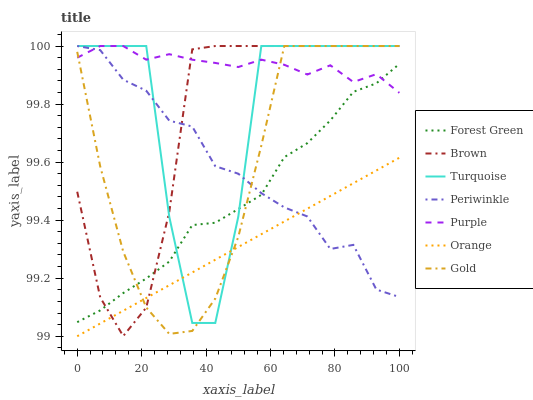
| xaxis_label | Forest Green | Brown | Turquoise | Periwinkle | Purple | Orange | Gold |
 | --- | --- | --- | --- | --- | --- | --- | --- |
 | 0 | 99 | 99.5 | 100 | 100 | 100 | 99 | 100 |
 | 7.14 | 99.1 | 99.1 | 100 | 100 | 100 | 99 | 99.6 |
 | 14.3 | 99.1 | 99 | 100 | 99.9 | 100 | 99.1 | 99.3 |
 | 21.4 | 99.2 | 99.1 | 100 | 99.8 | 100 | 99.1 | 99.1 |
 | 28.6 | 99.3 | 99.4 | 99.4 | 99.7 | 100 | 99.2 | 99 |
 | 35.7 | 99.4 | 100 | 99 | 99.7 | 100 | 99.2 | 99 |
 | 42.9 | 99.4 | 100 | 99 | 99.6 | 99.9 | 99.3 | 99.1 |
 | 50 | 99.4 | 100 | 99.4 | 99.6 | 99.9 | 99.3 | 99.3 |
 | 57.1 | 99.5 | 100 | 100 | 99.5 | 100 | 99.4 | 99.7 |
 | 64.3 | 99.6 | 100 | 100 | 99.4 | 99.9 | 99.4 | 100 |
 | 71.4 | 99.7 | 100 | 100 | 99.4 | 99.9 | 99.4 | 100 |
 | 78.6 | 99.7 | 100 | 100 | 99.3 | 99.9 | 99.5 | 100 |
 | 85.7 | 99.8 | 100 | 100 | 99.3 | 99.9 | 99.5 | 100 |
 | 92.9 | 99.9 | 100 | 100 | 99.2 | 99.9 | 99.6 | 100 |
 | 100 | 99.9 | 100 | 100 | 99.1 | 99.8 | 99.6 | 100 |